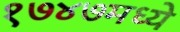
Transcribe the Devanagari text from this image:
१७४७मध्ये